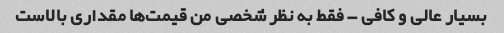
بسیار عالی و کافی - فقط به نظر شخصی من قیمت‌ها مقداری بالاست